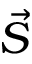
\vec { S }